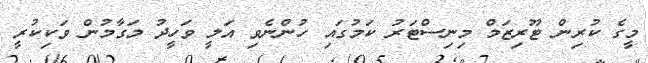
މީގެ ކުރިން ޓޫރިޒަމް މިނިސްޓަރު ކަމުގައި ހުންނެވި އަލީ ވަހީދު މަގާމުން ވަކިކުރީ